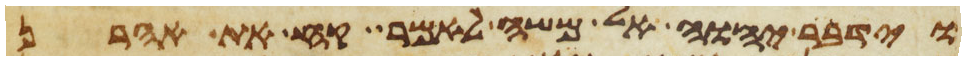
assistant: וידבר יהוה אל משה לאמר קח את אהרן